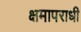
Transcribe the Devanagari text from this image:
क्षमापराधी